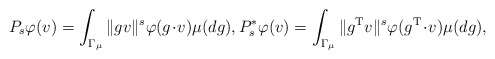
\begin{align*}P_{s}\varphi(v) = \int_{\Gamma_{\mu}} \|g v\|^{s} \varphi( g \!\cdot\! v ) \mu(dg), P_{s}^{*}\varphi(v) = \int_{\Gamma_{\mu}} \|g^{\mathrm{T}} v\|^{s} \varphi(g^{\mathrm{T}} \!\cdot\! v) \mu(dg), \end{align*}